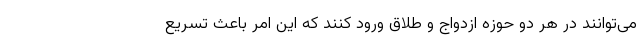
می‌توانند در هر دو حوزه ازدواج و طلاق ورود کنند که این امر باعث تسریع